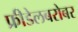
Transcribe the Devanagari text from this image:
फ्रीडेलबरोबर